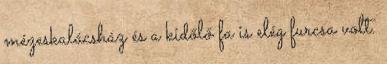
mézeskalácsház és a kidőlő fa is elég furcsa volt.